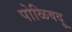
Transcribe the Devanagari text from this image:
पोळिवदु